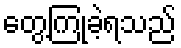
တွေ့ကြုံခဲ့ရသည်